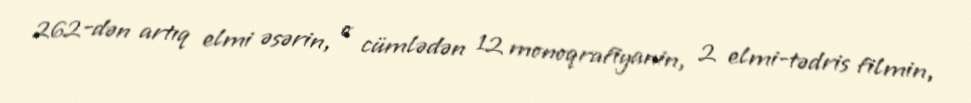
262-dən artıq elmi əsərin, o cümlədən 12 monoqrafiyanin, 2 elmi-tədris filmin,